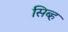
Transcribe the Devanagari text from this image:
सिब्ह